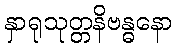
နှာရုသုတ္တနိဗန္ဓနော